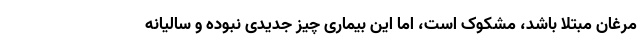
مرغان مبتلا باشد، مشکوک است، اما این بیماری چیز جدیدی نبوده و سالیانه